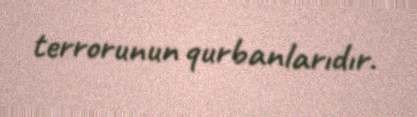
terrorunun qurbanlarıdır.